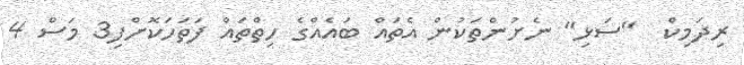
ރިދަމިކް  "ސަޅި" ނެށުންތަކުން އެތައް ބައެއްގެ ހިތްތައް ފަތަހަކޮށްފި3 މަސް 4